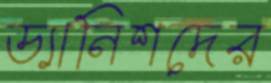
ড্যানিশদের